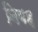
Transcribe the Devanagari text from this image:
निबह